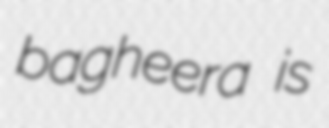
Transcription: bagheera is